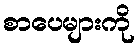
စာပေများကို